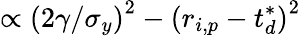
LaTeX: \propto\left(2\gamma/\sigma_{y}\right)^{2}-\left({r}_{i,p}-{t}_{d}^{*}\right)^{2}